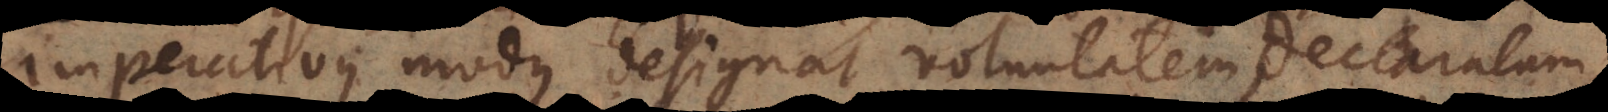
Imperativus modus designat voluntatem declaratam,